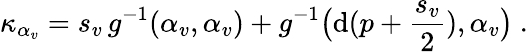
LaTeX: \kappa_{\alpha_{v}}=s_{v}\, g^{-1}(\alpha_{v},\alpha_{v})+g^{-1}\big(\mathrm{d}(p+\frac{s_{v}}{2}),\alpha_{v}\big)\ .